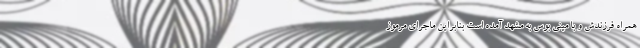
همراه فرزندش و با مینی بوس به مشهد آمده است بنابراین ماجرای مرموز